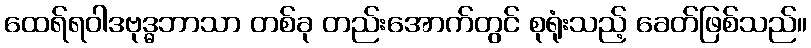
ထေရ်ရဝါဒဗုဒ္ဓဘာသာ တစ်ခု တည်းအောက်တွင် စုရုံးသည့် ခေတ်ဖြစ်သည်။